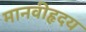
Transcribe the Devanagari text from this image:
मानवीहृदय